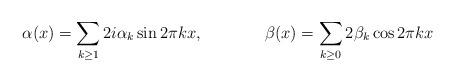
LaTeX: \begin{align*} \alpha(x)&=\sum_{k\geq 1} 2i\alpha_k\sin 2\pi kx,& \beta(x) &=\sum_{k\geq 0} 2\beta_k\cos 2\pi kx\end{align*}